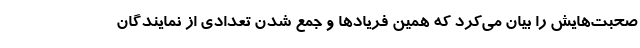
صحبت‌هایش را بیان می‌کرد که همین فریادها و جمع شدن تعدادی از نمایندگان